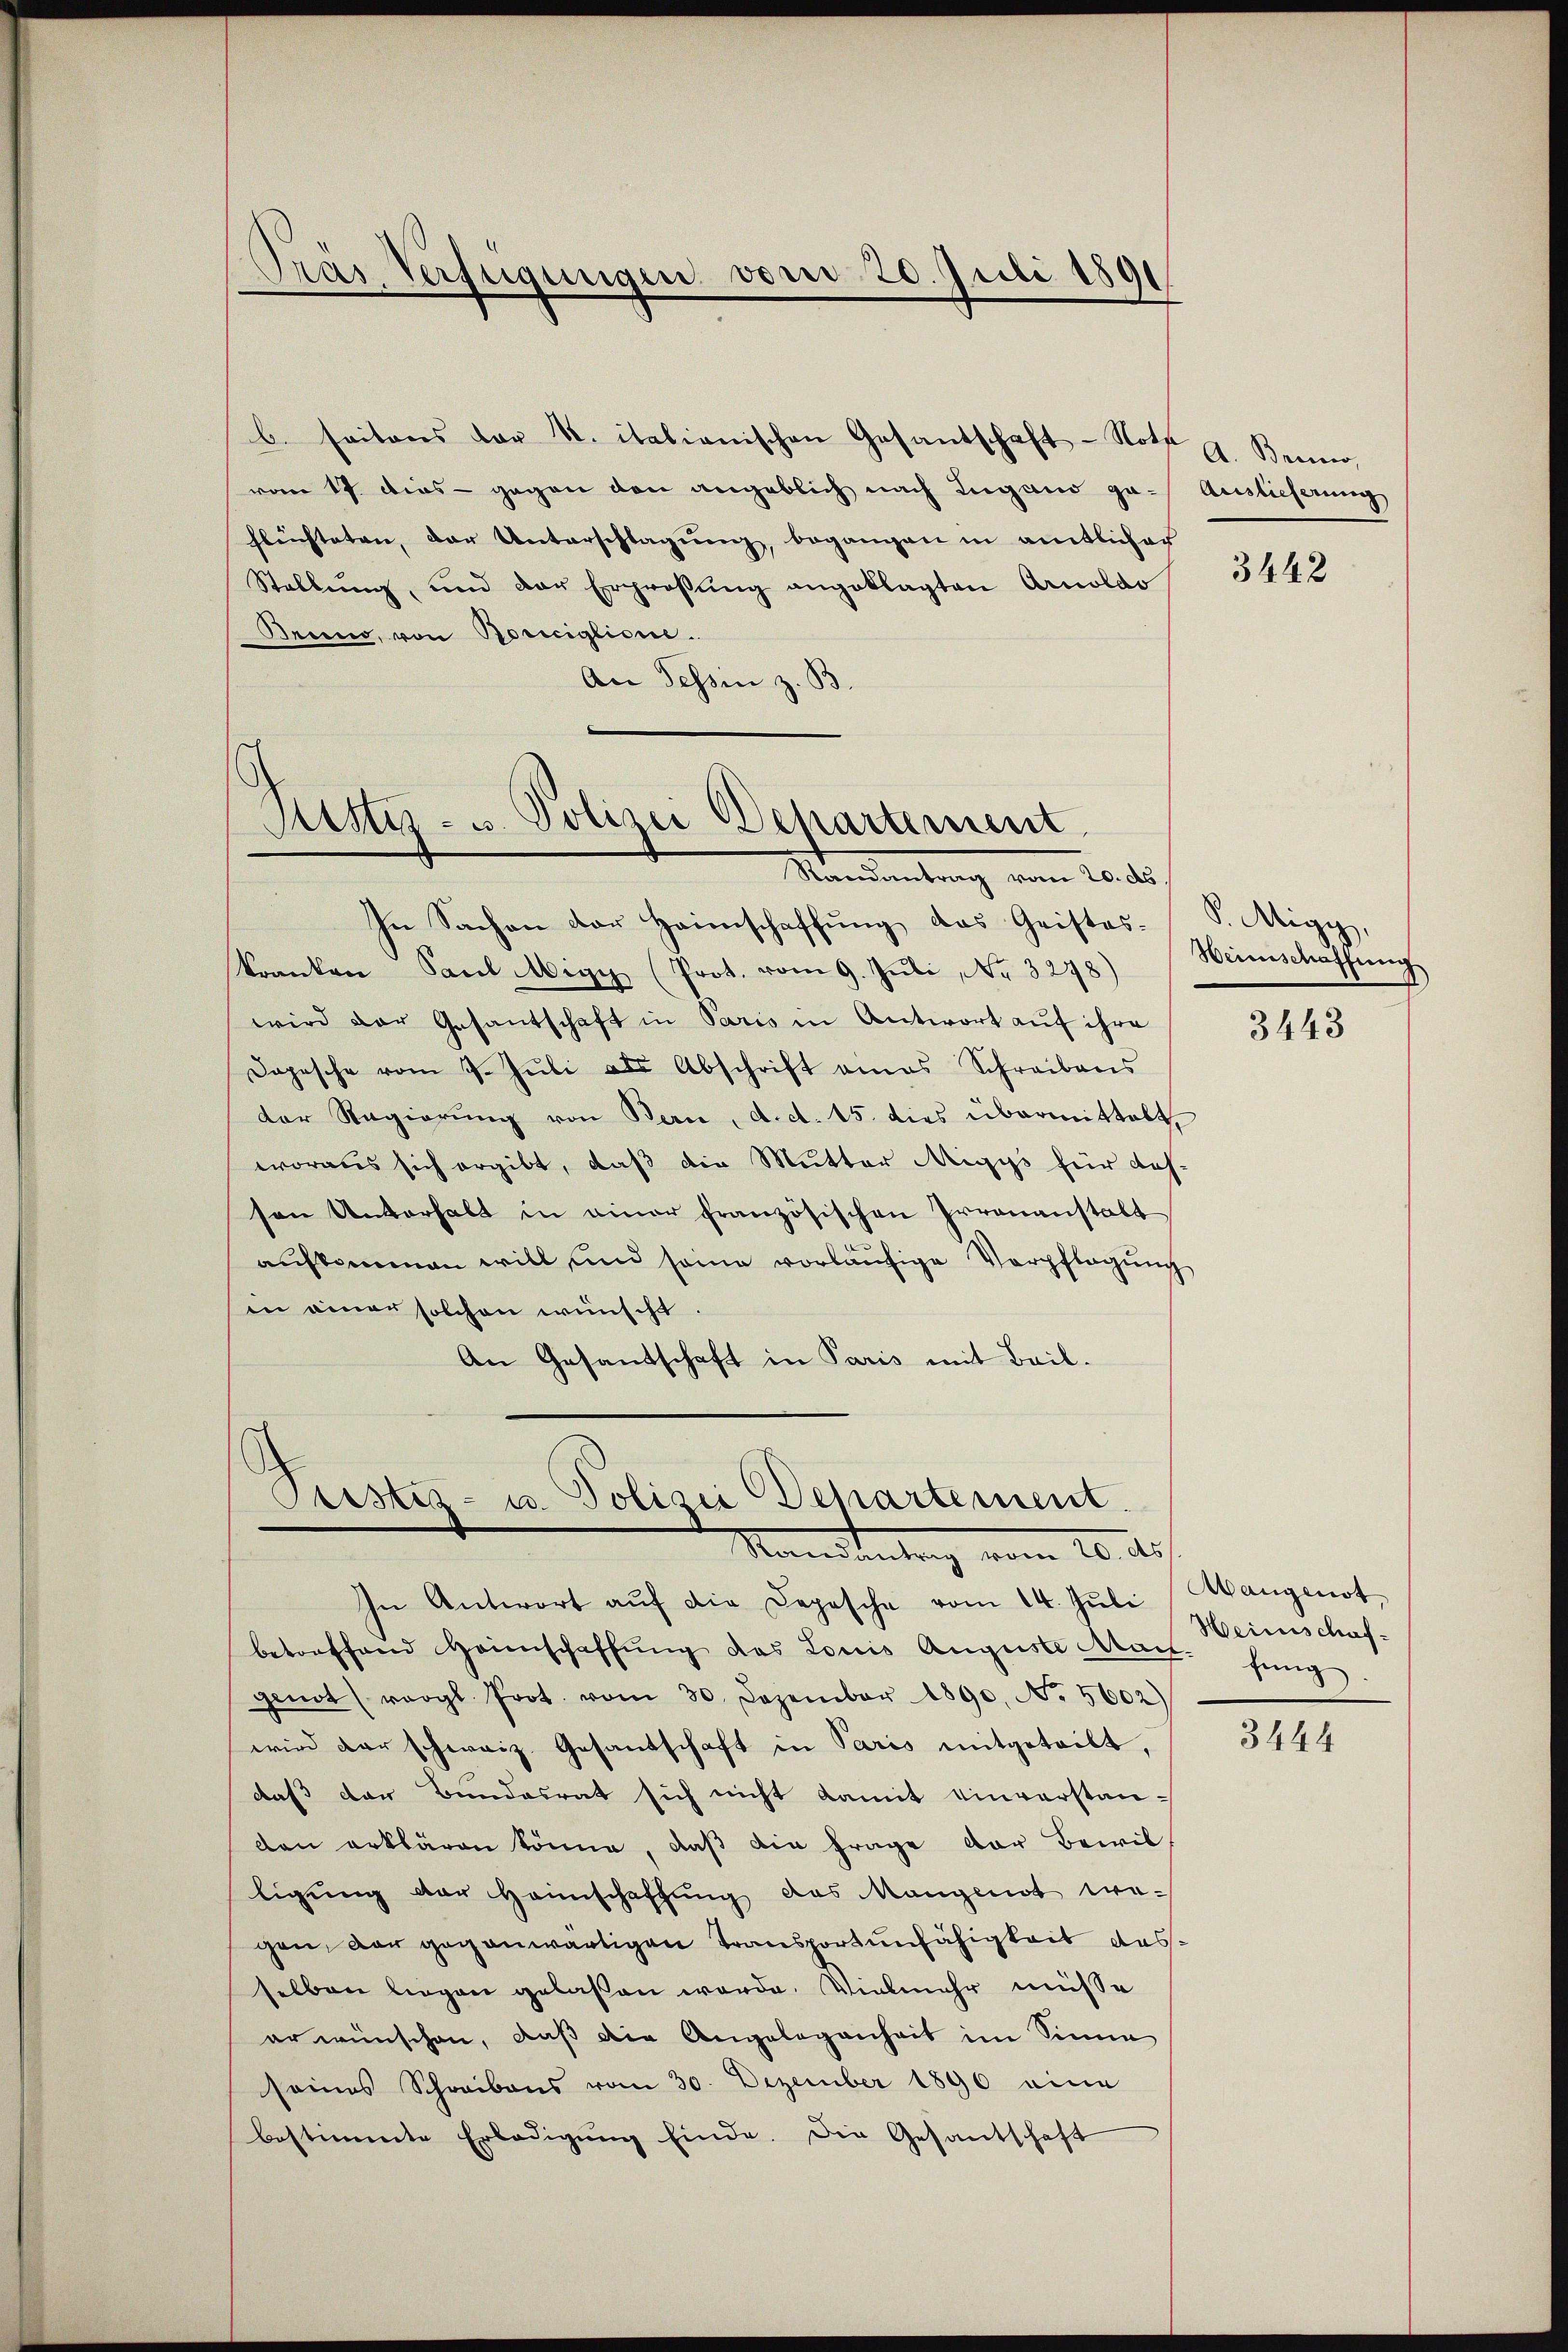
Präs. Verfügungen vom 20. Juli 1891

b. seitens der K. italienischen Gesantschaft - Noth G. Bruno,
vom 17. dies - gegen von angeblich nach Lugano ge- Auslieferung
flüchteten, der Unterschlagung, begangen in amtlicher
Stellŭng, und der Ergrossŭng angeklagten Arnoldo
Nein, von Boriciglione.
An Tessin z. B

Risti - u. Polizei Departement
Mandantrag vom 10. d.

Pristiz- u. Polizei Departement.
Standentrag vom 10. ds.
In Antwort aŭf die Depesche vom 14. Jŭli Mangenot

In Sachen der Heimschaffŭng das Geistes. S. Aigy,
kranken Paul Migy (Prot. vom 9. Juli, Nr. 3278)
wird der Gesantschaft in Paris in Antwort auf ihre
Dopesche vom 9. Jŭli als Abschrift eines Schreibens
der Regierŭng von Bern, d. d. 15. dies übermittelt,
woraus sich ergibt, daß die Mutter Migys für dahsen Unterhalt in einer französischen Irrenanstalt
aufkommen will und seine vorläufige Verpflegung
in einer solchen wünscht.
An Gesandschaft in Paris mit Beil.

betreffend Heimschaffŭng das Louis Auguste Man fung
genot (vergl. Prot. vom 30. Dezember 1890, No. 5602)
wird der schweiz. Gesandschaft in Paris mitgeteilt,
daß der Bundesrat sich nicht damit einverstanden erklären könne, daß die Frage der Bewil
ligŭng der Heimschaffŭng des Mangenot wegen, der gegenwärtigen Transportunfähigkeit ausselben liegen gelaßen werde. Vielmehr müsse
er wünschen, daß die Angelegenheit im Sinne
seines Schreibens vom 30. Dezember 1890 eine
bestimmte Erledigŭng finde. Die Gesantschaft

3442

Weinschaffung

3443

Heimschaf¬

3444